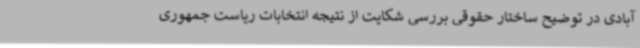
آبادی در توضیح ساختار حقوقی بررسی شکایت از نتیجه انتخابات ریاست جمهوری